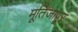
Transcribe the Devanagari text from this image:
मूतिजापूर